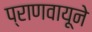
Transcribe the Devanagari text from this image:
प्राणवायूने